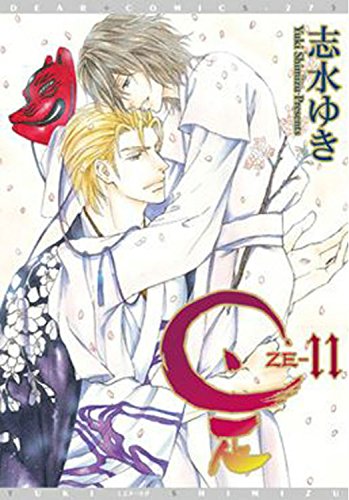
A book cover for Ze Volume 11 (Yaoi Manga) (Ze Gn); Yuki Shimizu; Comics & Graphic Novels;